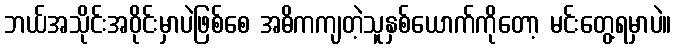
ဘယ်အသိုင်းအဝိုင်းမှာပဲဖြစ်စေ အဓိကကျတဲ့သူနှစ်ယောက်ကိုတော့ မင်းတွေ့ရမှာပဲ။